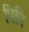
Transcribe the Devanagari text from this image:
पिपि